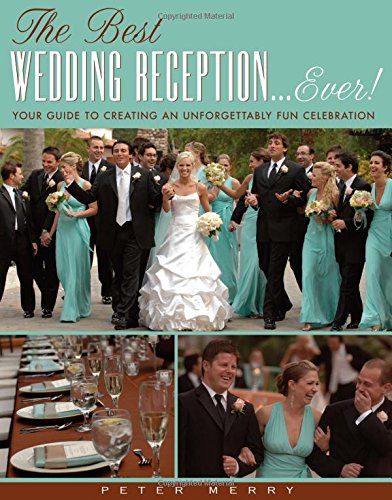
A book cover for Best Wedding Reception . . . Ever! Your Guide to Creating an Unforgettable Fun Celebration; Peter Merry; Crafts, Hobbies & Home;